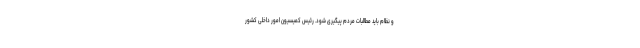
و نظام باید مطالبات مردم پیگیری شود. رئیس کمیسیون امور داخلی کشور